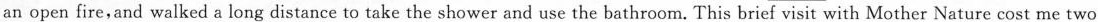
an open fire,and walked a long distance to take the shower and use the bathroom.This brief visit with Mother Nature cost me two